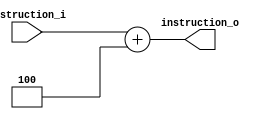
module pc_plus_4(
    input           [31:0]  instruction_i,
    output  reg     [31:0]  instruction_o
);
    always @(*) begin
        instruction_o = instruction_i + 4;
    end
endmodule